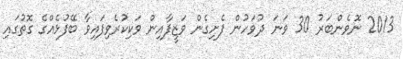
2013 ނޮވެންބަރު 30 ވަނަ ދުވަހުން ފެށިގެން ވަޒީފާއިން ވަކިކުރެވިފައިވާ ބޭފުޅެއްގެ ގޮތުގައި